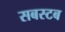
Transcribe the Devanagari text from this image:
सबस्टब